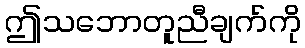
ဤသဘောတူညီချက်ကို